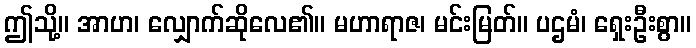
ဤသို့။ အာဟ၊ လျှောက်ဆိုလေ၏။ မဟာရာဇ၊ မင်းမြတ်။ ပဌမံ၊ ရှေးဦးစွာ။